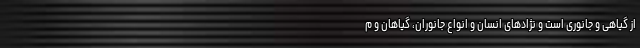
از گیاهی و جانوری است و نژادهای انسان و انواع جانوران، گیاهان و م